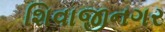
શિવાજીનગર